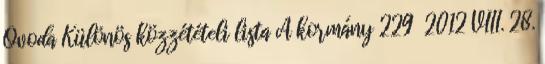
Óvoda Különös közzétételi lista A kormány 229 2012 VIII. 28.